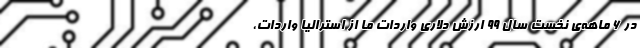
در 6 ماهه‌ی نخست سال 99 ارزش دلاری‌ واردات ما از استرالیا واردات،